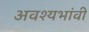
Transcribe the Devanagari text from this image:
अवश्यभांवी